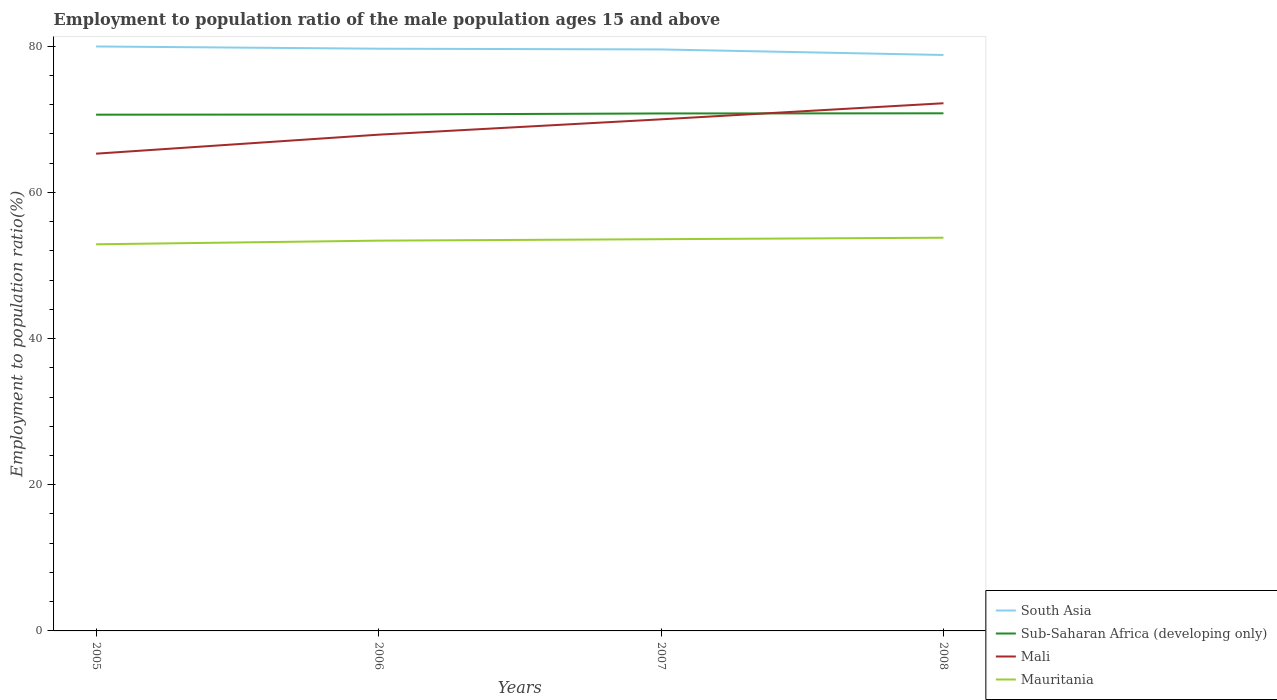
| Years | South Asia | Sub-Saharan Africa (developing only) | Mali | Mauritania |
 | --- | --- | --- | --- | --- |
 | 2005 | 80 | 70.6 | 65.3 | 52.9 |
 | 2006 | 79.7 | 70.7 | 67.9 | 53.4 |
 | 2007 | 79.6 | 70.8 | 70 | 53.6 |
 | 2008 | 78.8 | 70.8 | 72.2 | 53.8 |